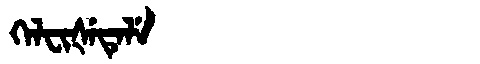
Manchu: ᡴᡝᠯᠸᡳᡧᡝᡨᡝᠯᡝ
Romanization: KELFIŠETELE